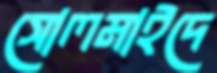
সোলমাইদে